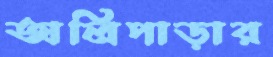
অলিপাড়ার